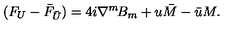
( F _ { U } - \bar { F } _ { \bar { U } } ) = 4 i \nabla ^ { m } \! B _ { m } + u \bar { M } - \bar { u } M .